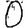
Digit: 0